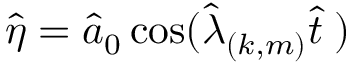
\hat { \eta } = \hat { a } _ { 0 } \cos ( \hat { \lambda } _ { ( k , m ) } \hat { t } \; )